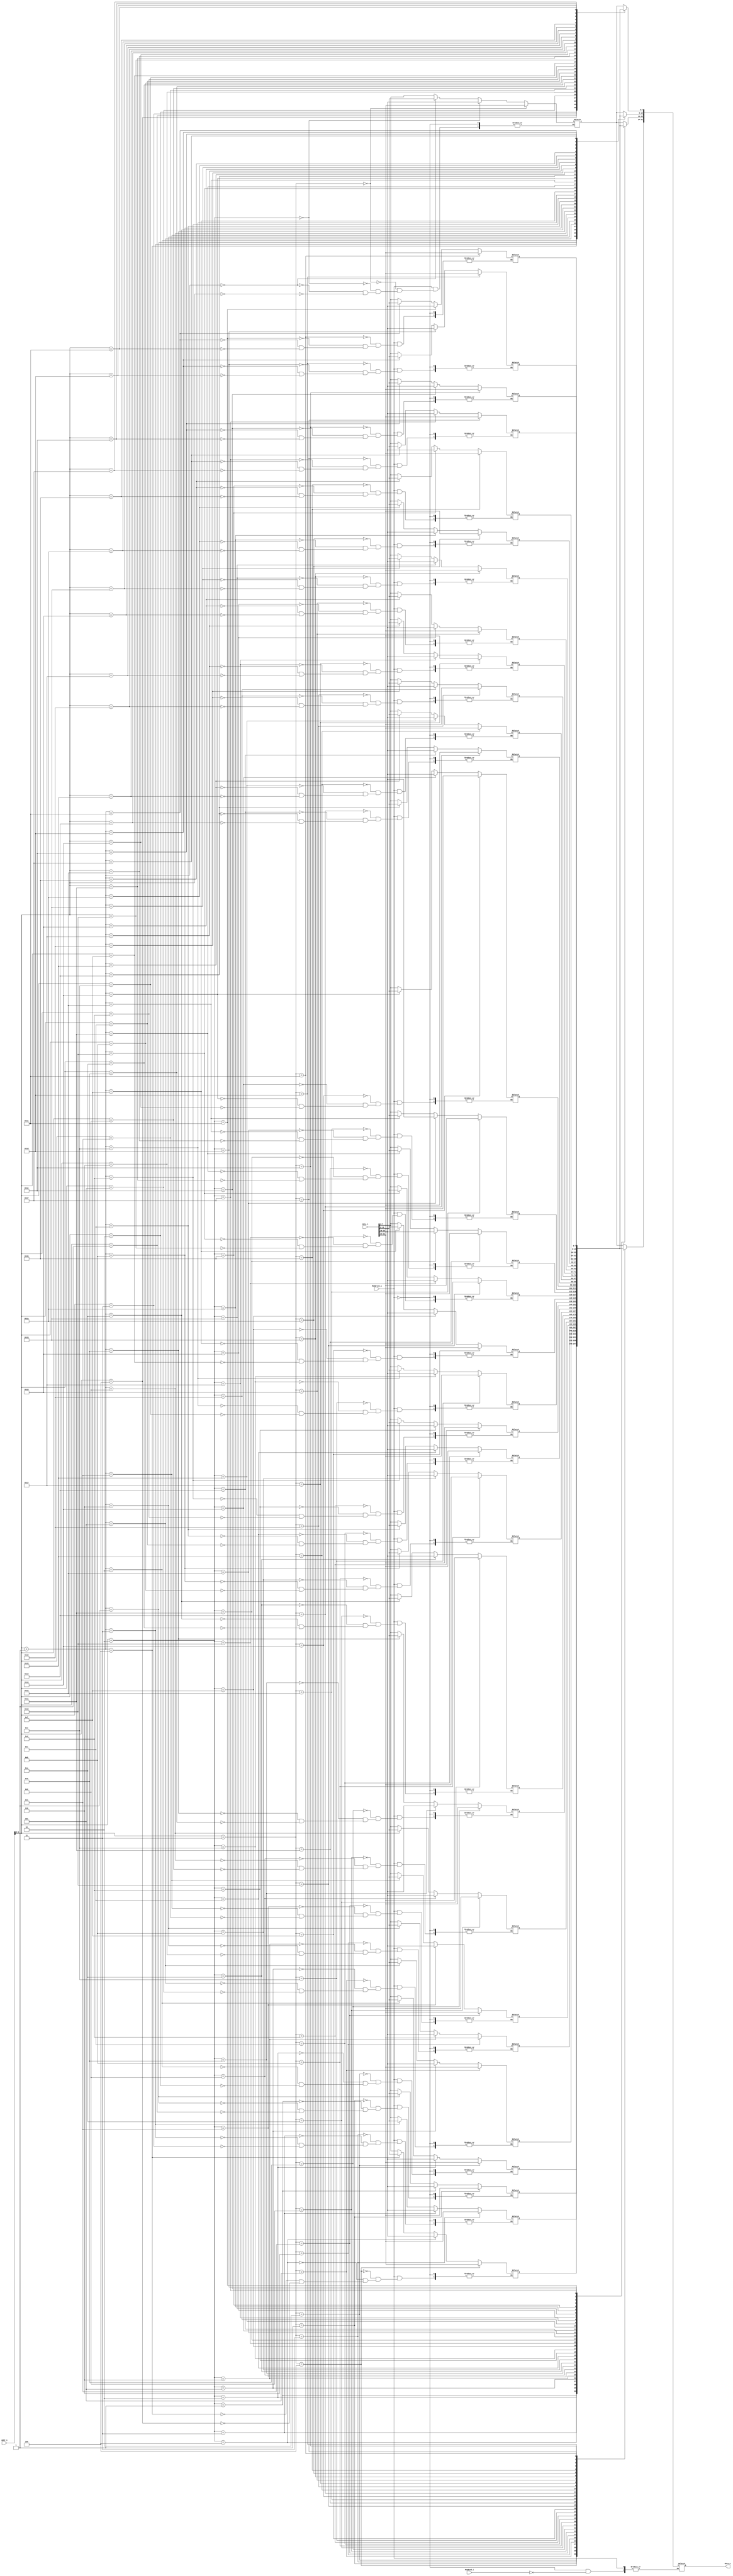
module Data_Memory
(
    addr_i, 
    data_i,
    MemWrite_i,
    MemRead_i,
    data_o
);

// Interface
input   [31:0]      addr_i;
input   [31:0]      data_i;
input		    MemWrite_i;
input		    MemRead_i;
output  [31:0]      data_o;
reg	[31:0]	    data_o;

// Instruction memory
reg     [7:0]     memory  [0:31];

always @(*)
begin
	if (MemWrite_i)
	begin
		memory[addr_i] <= data_i[7:0];
		memory[addr_i+1] <= data_i[15:8];
		memory[addr_i+2] <= data_i[23:16];
		memory[addr_i+3] <= data_i[31:24];
	end
	else if (MemRead_i)
	begin
		data_o[7:0] <= memory[addr_i];
		data_o[15:8] <= memory[addr_i+1];
		data_o[23:16] <= memory[addr_i+2];
		data_o[31:24] <= memory[addr_i+3];
	end
	else ;
end

endmodule